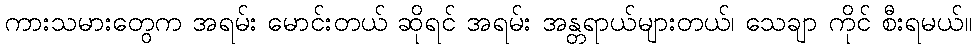
ကားသမားတွေက အရမ်း မောင်းတယ် ဆိုရင် အရမ်း အန္တရာယ်များတယ်၊ သေချာ ကိုင် စီးရမယ်။